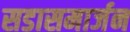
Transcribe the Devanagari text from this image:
सडासमार्जन